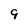
Character: 9